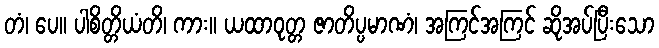
တံ၊ ပေ။ ပါစိတ္တိယံတိ၊ ကား။ ယထာဝုတ္တ ဇာတိပ္ပမာဏံ၊ အကြင်အကြင် ဆိုအပ်ပြီးသော